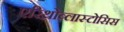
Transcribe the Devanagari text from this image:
एरिथ्रोब्लास्टोसिस